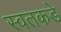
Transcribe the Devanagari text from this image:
स्वतकडे